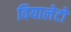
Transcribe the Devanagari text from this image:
वियालेटो